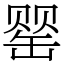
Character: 罂